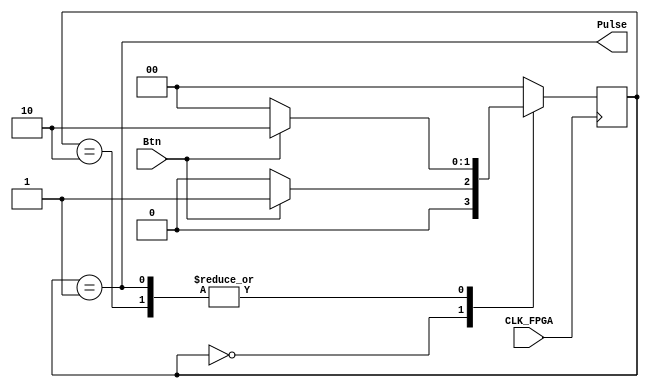
// Mdulo para tratar o bouncing dos botes com MEF de Moore
module LevelToPulseMoore(CLK_FPGA, Btn, Pulse);
	input CLK_FPGA, Btn;
	output Pulse;
	
	reg [1:0] state, nextstate;
	
	parameter A =2'b00;
	parameter B =2'b01;
	parameter C =2'b10;
	

	
	// state register
	always @ ( posedge CLK_FPGA)	
		state <= nextstate ;
		
	// next state logic
	always @ (*)
		case ( state )
			A : if ( Btn ) nextstate <= B ;
			else nextstate <= A ;
			B : if ( Btn ) nextstate <= C ;
			else nextstate <= A ;
			C : if ( Btn ) nextstate <= C ;
			else nextstate <= A ;
			default : nextstate <= A ;
			
		endcase
		
	// output logic
	assign Pulse = ( state == B ) ;
	endmodule